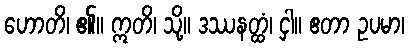
ဟောတိ၊ ၏။ ဣတိ၊ သို့။ ဒဿနတ္ထံ၊ ငှါ။ ဧတာ ဥပမာ၊